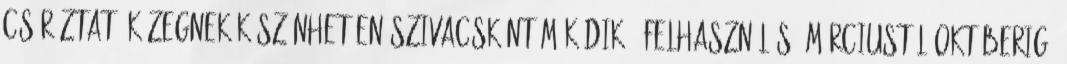
csíráztató közegnek köszönhetően szivacsként működik . Felhasználás: márciustól októberig.